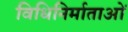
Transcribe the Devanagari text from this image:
विधिनिर्माताओं